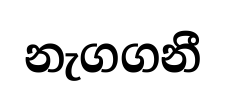
නැගගනී